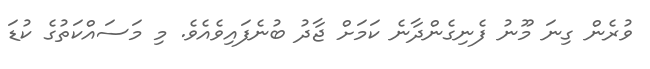
ވުރެން ގިނަ މޫނު ފެނިގެންދާނެ ކަމަށް ޖާދު ބުނެފައިވެއެވެ. މި މަސައްކަތުގެ ކުޑަ